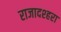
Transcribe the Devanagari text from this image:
राजादश्हरा